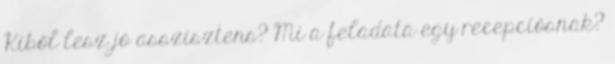
Kiből lesz jó asszisztens? Mi a feladata egy recepciósnak?